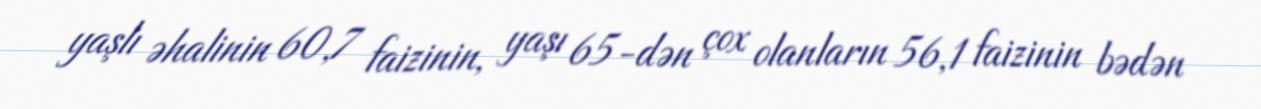
yaşlı əhalinin 60,7 faizinin, yaşı 65-dən çox olanların 56,1 faizinin bədən